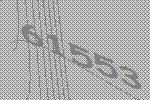
61553